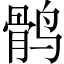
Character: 鹘